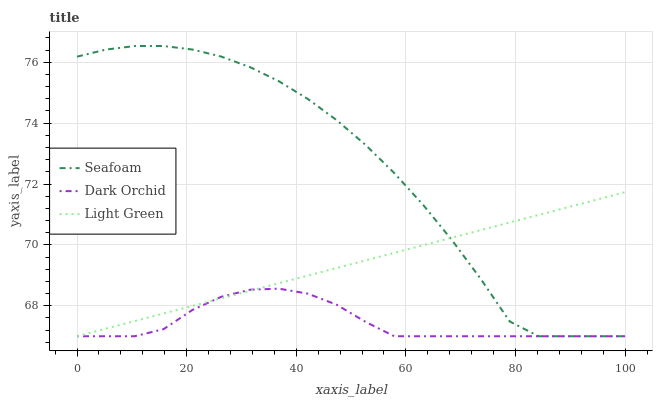
| xaxis_label | Seafoam | Dark Orchid | Light Green |
 | --- | --- | --- | --- |
 | 0 | 76.2 | 67 | 67 |
 | 5.26 | 76.4 | 67 | 67.2 |
 | 10.5 | 76.5 | 67 | 67.5 |
 | 15.8 | 76.5 | 67.2 | 67.7 |
 | 21.1 | 76.4 | 67.9 | 68 |
 | 26.3 | 76.2 | 68.3 | 68.2 |
 | 31.6 | 75.8 | 68.5 | 68.5 |
 | 36.8 | 75.4 | 68.6 | 68.7 |
 | 42.1 | 74.8 | 68.4 | 69 |
 | 47.4 | 74.1 | 68 | 69.2 |
 | 52.6 | 73.3 | 67.5 | 69.5 |
 | 57.9 | 72.4 | 67 | 69.7 |
 | 63.2 | 71.3 | 67 | 70 |
 | 68.4 | 70.2 | 67 | 70.2 |
 | 73.7 | 68.9 | 67 | 70.5 |
 | 78.9 | 67.5 | 67 | 70.7 |
 | 84.2 | 67 | 67 | 71 |
 | 89.5 | 67 | 67 | 71.2 |
 | 94.7 | 67 | 67 | 71.5 |
 | 100 | 67 | 67 | 71.7 |